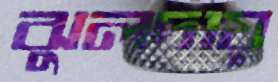
ঝুলদায়